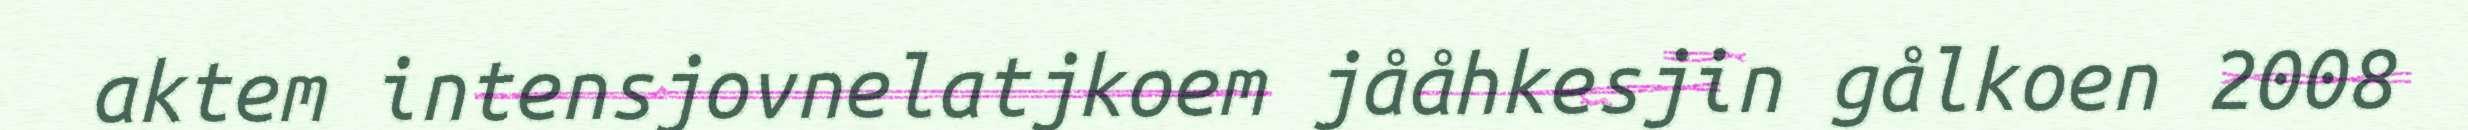
aktem intensjovnelatjkoem jååhkesjin gålkoen 2008